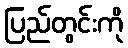
ပြည်တွင်းကို